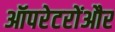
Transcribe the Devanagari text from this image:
ऑपरेटरोंऔर